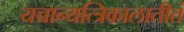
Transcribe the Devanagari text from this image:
यच्चान्यत्त्रिकालातीतं